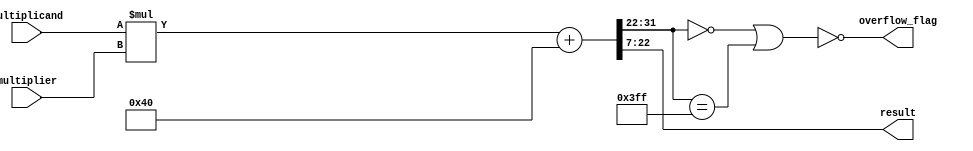
module multiplier (
multiplicand,
multiplier,
result,
overflow_flag
);

input signed [15:0] multiplicand;
input signed [15:0] multiplier;
output signed [15:0] result;
wire signed [31:0] out;
output overflow_flag;
wire signed [31:0] round;


assign round = 32'b00000000000000000000000001000000; 
assign out = (multiplicand*multiplier)+round;
assign overflow_flag = !(( out[31:22] == 10'b0000000000 ) | ( out[31:22] == 10'b1111111111 )); 
assign result = out[22:7];

endmodule